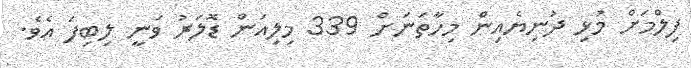
ފިލްމަށް މުޅި ދުނިޔެއިން މިހާތަނަށް 339 މިލިއަން ޑޮލަރު ވަނީ ލިބިފަ އެވެ.